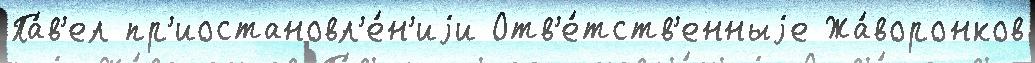
Па́в'ел пр'иостановл'е́н'иjи Отв'е́тств'енныjе Жа́воронков